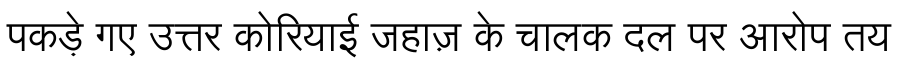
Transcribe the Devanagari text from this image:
पकड़े गए उत्तर कोरियाई जहाज़ के चालक दल पर आरोप तय